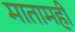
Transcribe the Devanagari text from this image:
मातामही